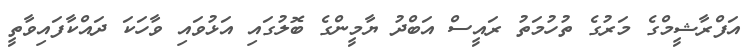
އަފްރާޝީމްގެ މަރުގެ ތުހުމަތު ރައީސް އަބްދު ޔާމީންގެ ބޮލުގައި އަޅުވައި ވާހަކަ ދައްކާފައިވާތީ